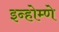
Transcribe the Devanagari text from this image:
इन्होम्णे